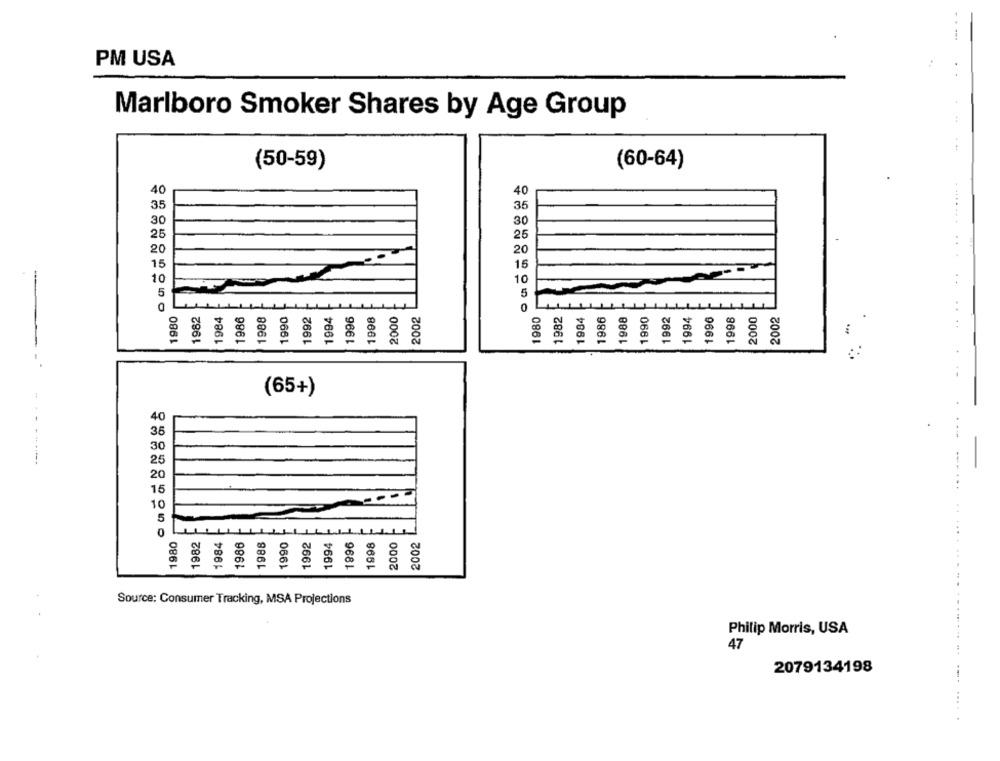
PM USA
Marlboro Smoker Shares by Age Group
(50-59)
(60-64)
40
40
35
35
30
30
25
25
20
20
15
15
. .
10
10
5
5
1980
1982
1984
1986
1988
1990
1992
1994
1996
1998
2000
2002
0
1980
1982
1984
1986
1988
1990
1992
1994
1996
1998
2000
2002
::
(65+)
40
35
30
25
20
15
10
5
1980
1982
1984
1986
1988
990
1992
1994
1996
1998
2000
2002
Source: Consumer Tracking, MSA Projections
Philip Morris, USA
47
2079134198